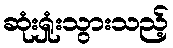
ဆုံးရှုံးသွားသည့်